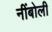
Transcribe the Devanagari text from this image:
नींबोली